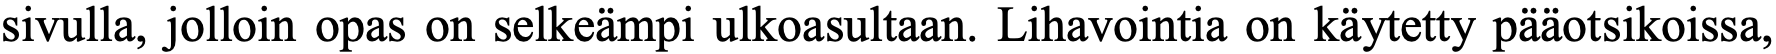
sivulla, jolloin opas on selkeämpi ulkoasultaan. Lihavointia on käytetty pääotsikoissa,